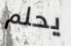
يحلم